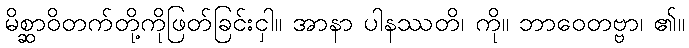
မိစ္ဆာဝိတက်တို့ကိုဖြတ်ခြင်းငှါ။ အာနာ ပါနဿတိ၊ ကို။ ဘာဝေတဗ္ဗာ၊ ၏။